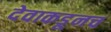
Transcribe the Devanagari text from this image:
देवाकडूनच